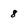
Character: 8